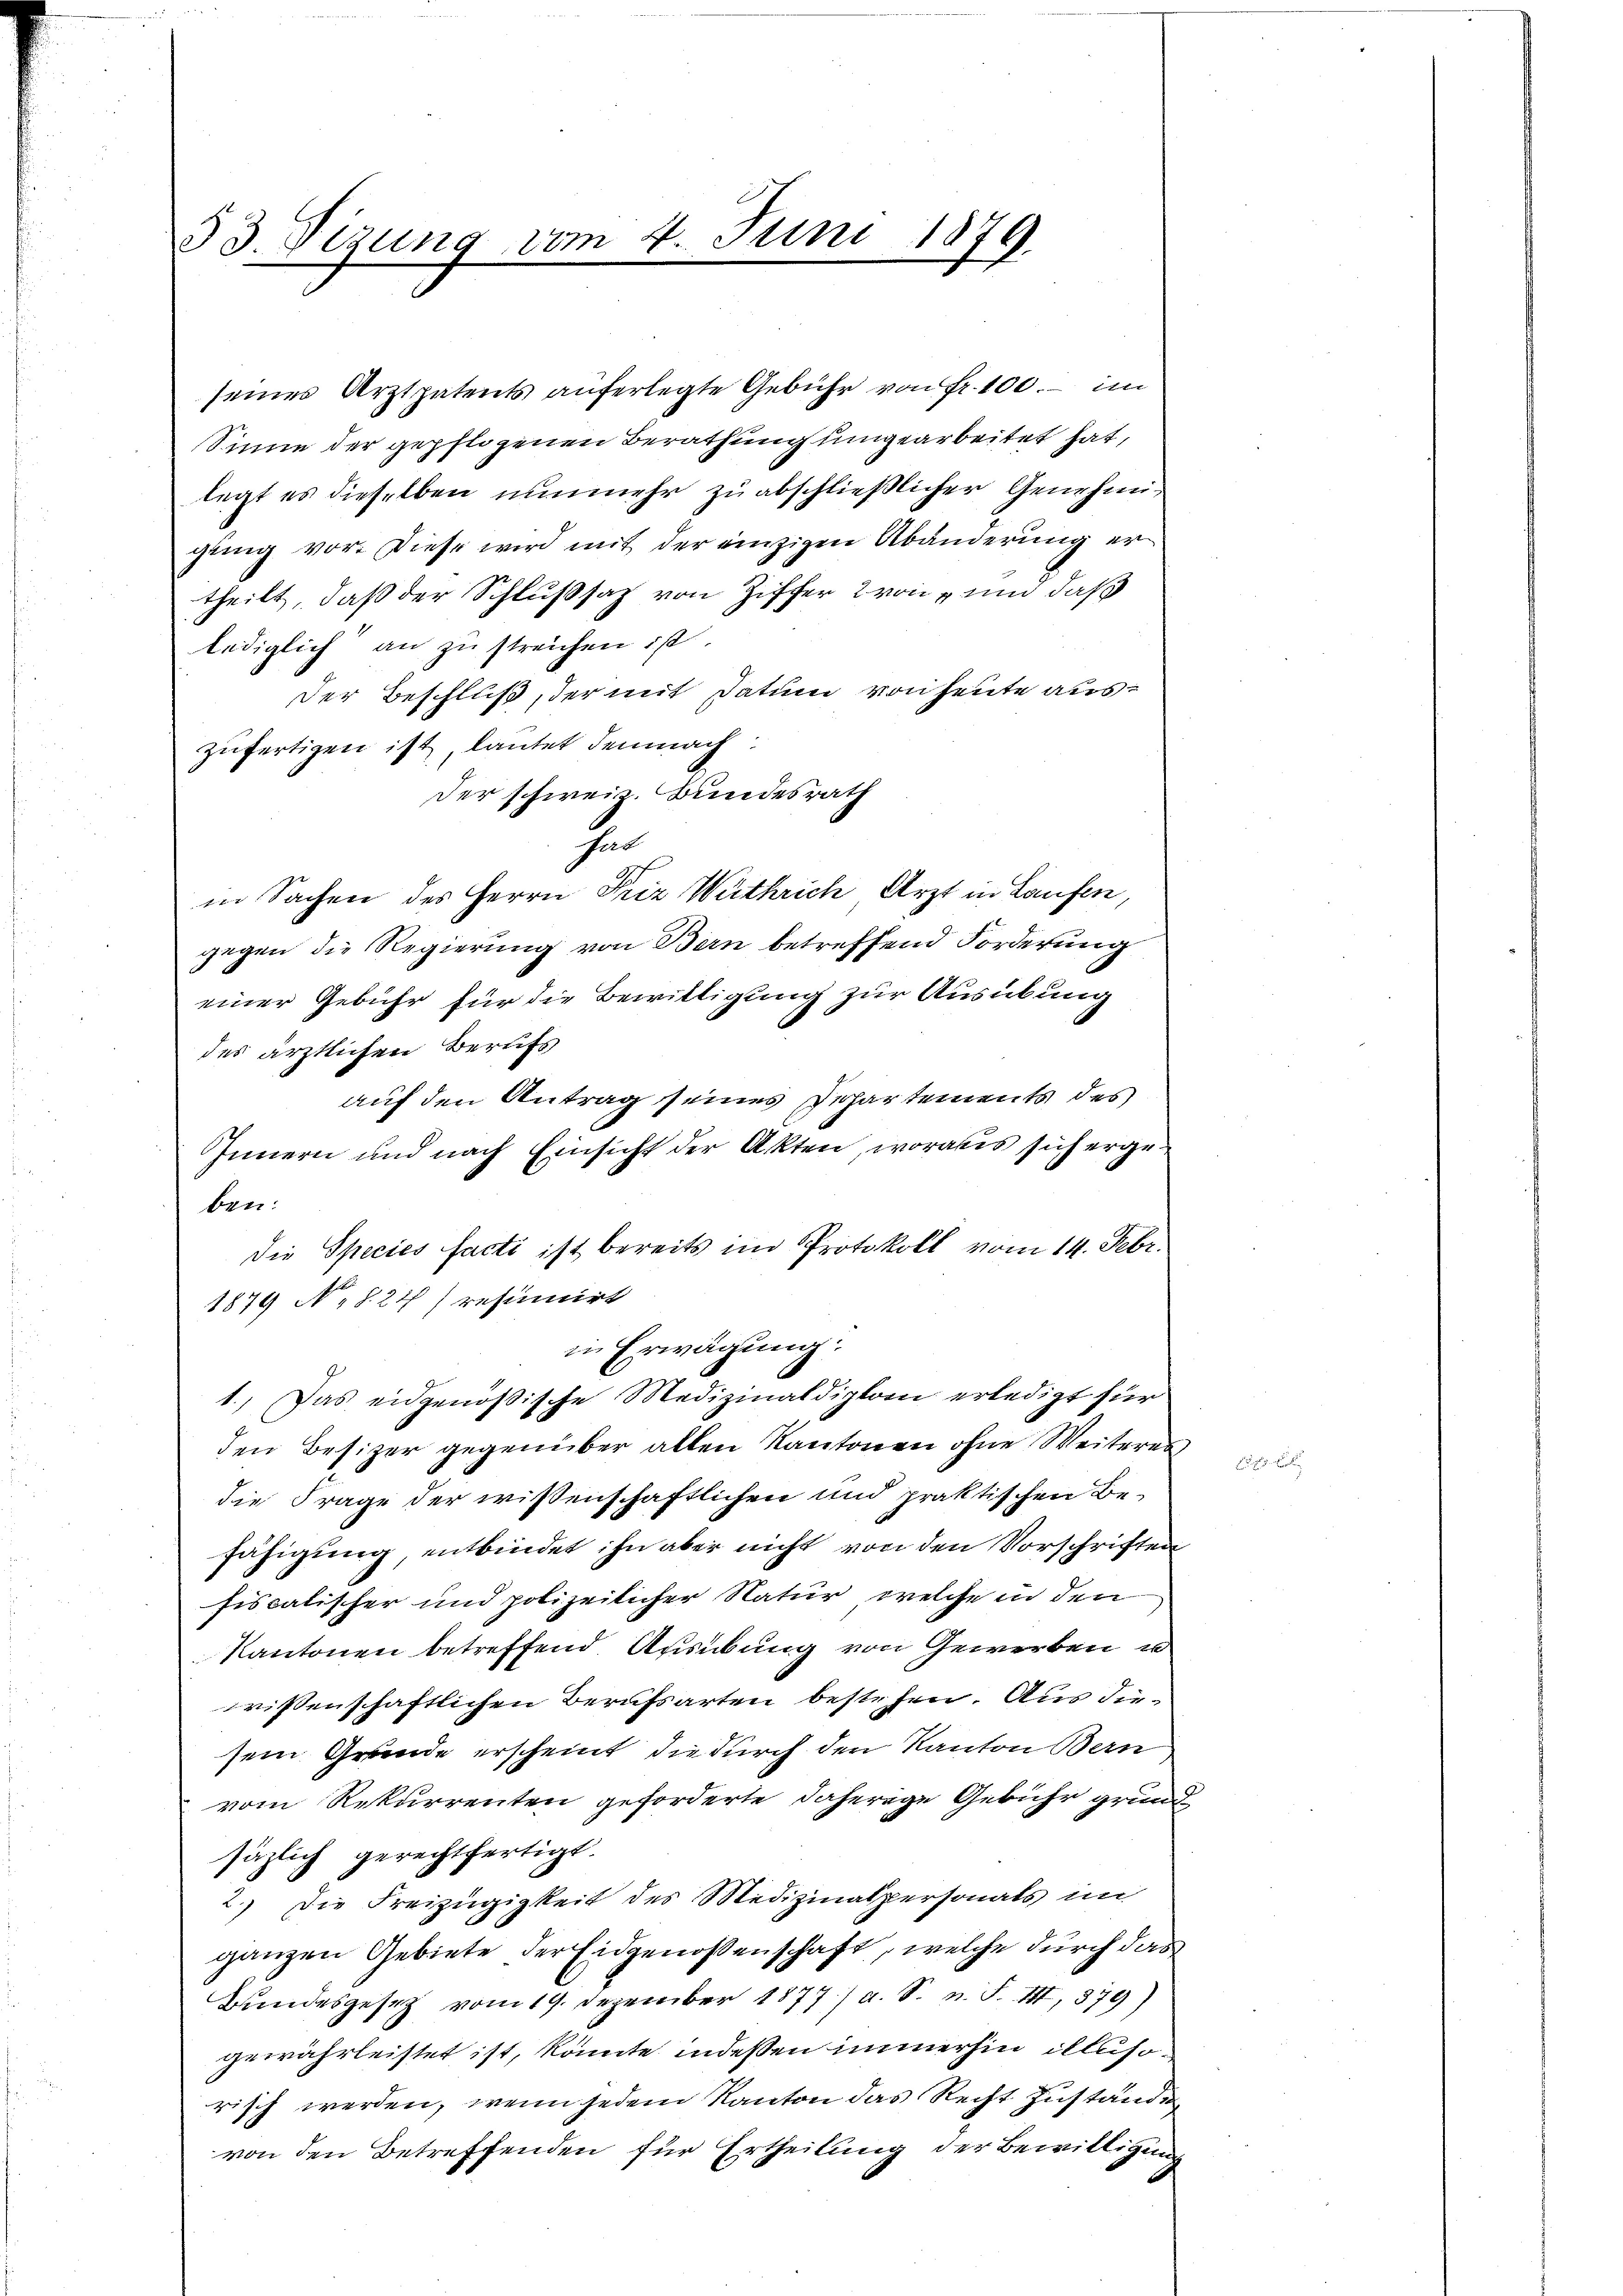
33. Sizung vom 4. Juni 1879.

seines Arztpatents auferlegte Gebühr von Fr. 100. - im
Sinne der gepflogenen Berathung umgearbeitet hat,
legt es dieselben nunmehr zu abschließlicher Genehmigung vor. Diese wird mit der einzigen Abänderung ertheilt, daß der Schlußsatz von Ziffer 2 von und daß
lediglich an zu streichen ist.
Der Beschluß, der mit Datum von heute auszufertigen ist, lautet demnach
Der schweiz. Bundesrath
sat
in Sachen des Herrn Friz Wüthrich Arzt in Laufen,
gegen die Regierung von Bern betreffend Forderung
einer Gebühr für die Bewilligung zur Ausübung
des ärztlichen Berufs
auf den Antrag seines Schartements des
Innern und nach Einsicht der Akten, woraus sich ergeben:
die Species facti ist bereits im Protokoll vom 14. Febr.
1879 No 827) resinuirt
in Erwägung.
1.) Das eidgenößische Medizinaldiplom erledigt für
den Besizer gegenüber allen Kantonen ohne Weiteres
die Frage der wissenschaftlichen und praktischen Be-
fähigung, entbindet ihn aber nicht von den Vorschriften
fiscalischer und polizeilicher Natur, welche in den
Kantonen betreffend Ausübung von Gewerben u
wissenschaftlichen Berufsarten bestehen. Aus diesem Grunde erscheint, die durch den Kanton Bern
vom Rekurrenten geforderte daherige Gebühr grun
säzlich gerechtfertigt.
2.) Die Freizügigkeit des Medizinalpersonats im
ganzen Gebiete der Eidgenoßenschaft, welche durch das
Bundesgesetz vom 19. Dezember 1877/ a. S. n. F. III, 379)
gewährleistet ist, könnte indessen immerhin illusorisch werden, wenn jedem Kanton das Recht Zuständen
von den Betreffenden für Ertheilung der Bewilligung